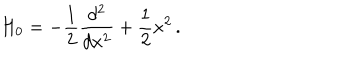
H _ { 0 } = - \frac { 1 } { 2 } \frac { d ^ { 2 } } { d x ^ { 2 } } + \frac { 1 } { 2 } x ^ { 2 } \, .